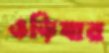
ওড়িষার